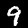
Label: 9